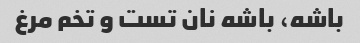
باشه، باشه نان تست و تخم مرغ